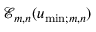
\mathcal { E } _ { m , n } ( u _ { \mathrm { m i n } ; m , n } )